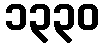
၁၃၃၀